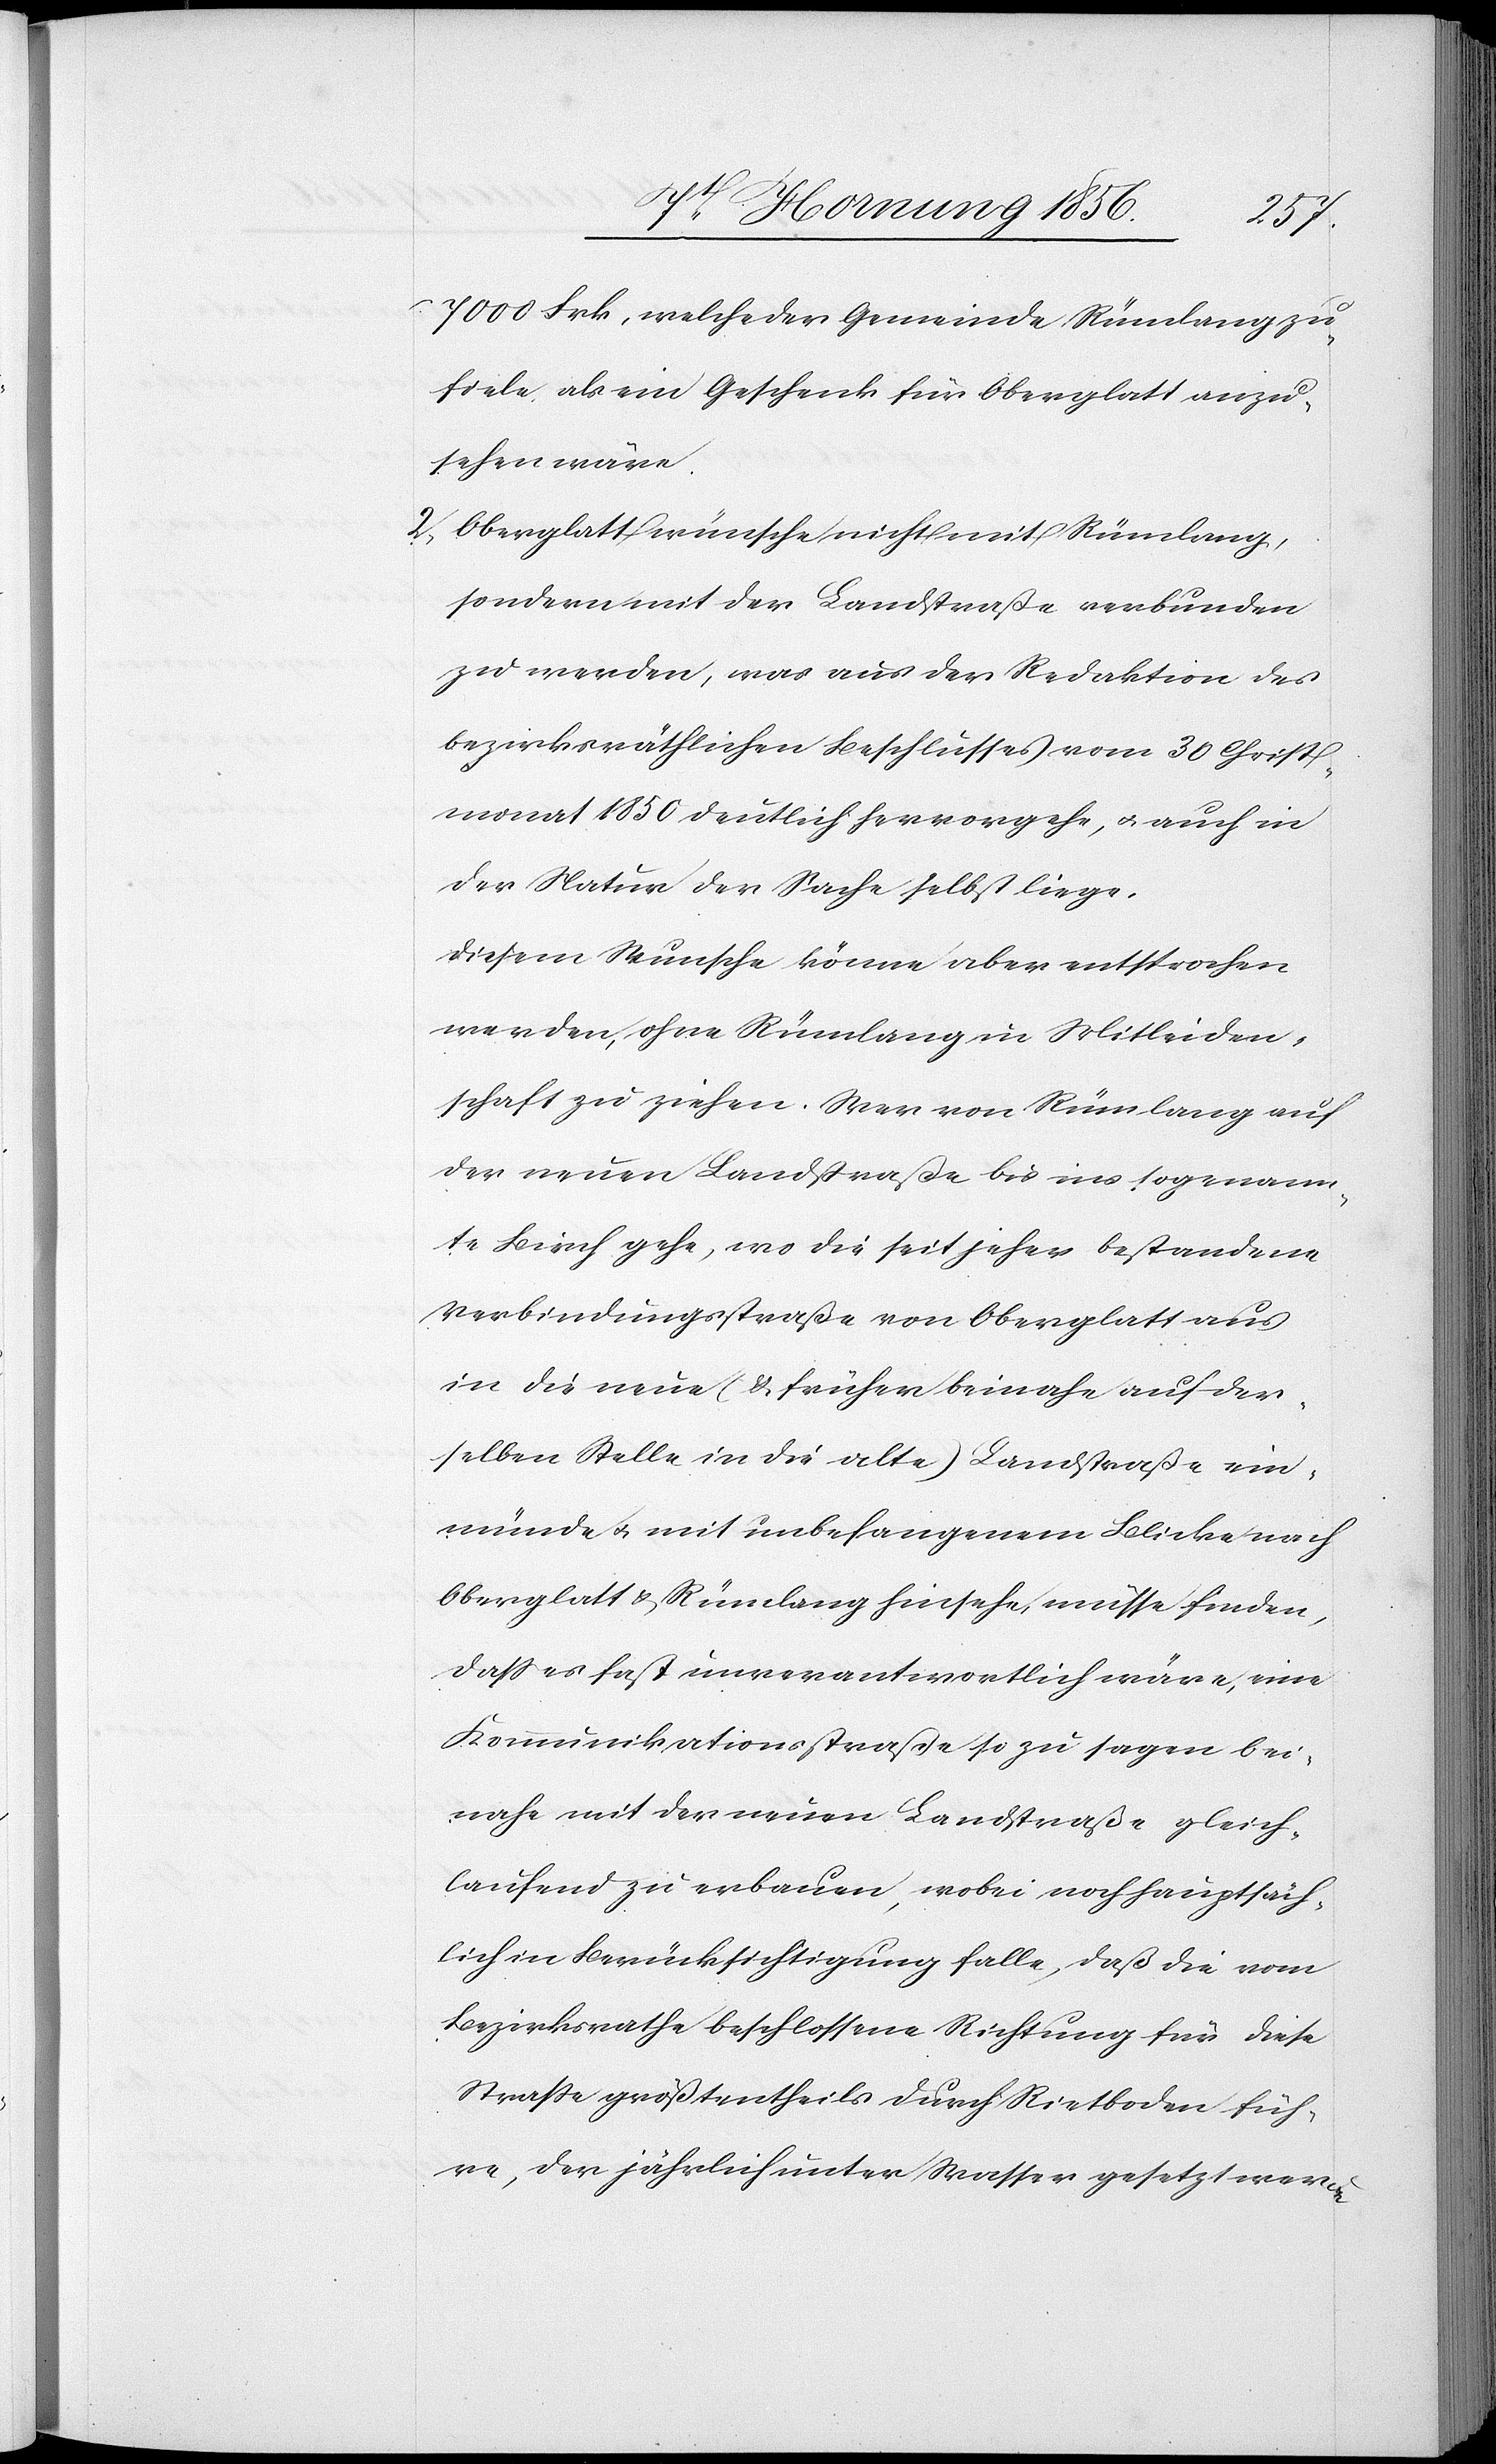
7000 Frk, welche der Gemeinde Rümlang zu¬
fiele, als ein Geschenk für Oberglatt anzu¬
sehen wäre.
2, Oberglatt wünsche nicht mit Rümlang,
sondern mit der Landstraße verbunden
zu werden, was aus der Redaktion des
bezirksräthlichen Beschlusses vom 30 Christ¬
monat 1850 deutlich hervorgehe, u. auch in
der Natur der Sache selbst liege.
Diesem Wunsche könne aber entsprochen
werden, ohne Rümlang in Mitleiden¬
schaft zu ziehen. Wer von Rümlang auf
der neuen Landstraße bis ins sogenann¬
te Birch gehe, wo die seit jeher bestandene
Verbindungsstraße von Oberglatt aus
in die neue (& früher beinahe auf der¬
selben Stelle in die alte) Landstraße ein¬
münde u. mit unbefangenem Blicke nach
Oberglatt & Rümlang hinsehe, müsse finden,
daß es fast unverantwortlich wäre, eine
Kommunikationsstraße so zu sagen bei¬
nahe mit der neuen Landstraße gleich¬
laufend zu erbauen, wobei noch hauptsäch¬
lich in Berücksichtigung falle, daß die vom
Bezirksrathe beschlossene Richtung für diese
Straße größtentheils durch Rietboden füh¬
re, der jährlich unter Wasser gesetzt werde